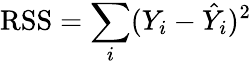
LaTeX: {\mathrm{RSS}}=\sum_{i}(Y_{i}-{\hat{Y}}_{i})^{2}